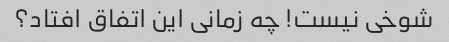
شوخی نیست! چه زمانی این اتفاق افتاد؟